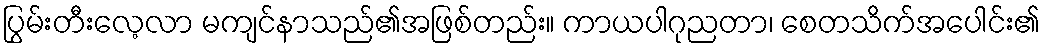
ပြွမ်းတီးလေ့လာ မကျင်နာသည်၏အဖြစ်တည်း။ ကာယပါဂုညတာ၊ စေတသိက်အပေါင်း၏